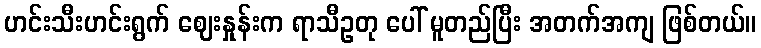
ဟင်းသီးဟင်းရွက် ဈေးနှုန်းက ရာသီဥတု ပေါ် မူတည်ပြီး အတက်အကျ ဖြစ်တယ်။